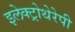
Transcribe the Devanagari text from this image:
इलेक्ट्रोथेरेपी